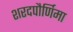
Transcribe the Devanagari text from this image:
शरदपौर्णिमा